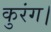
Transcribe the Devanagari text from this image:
कुरंग।